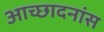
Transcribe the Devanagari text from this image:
आच्छादनांस